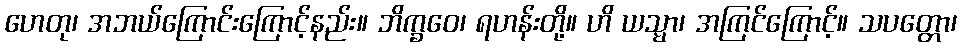
ဟေတု၊ အဘယ်ကြောင်းကြောင့်နည်း။ ဘိက္ခဝေ၊ ရဟန်းတို့။ ဟိ ယသ္မာ၊ အကြင်ကြောင့်။ သပတ္တော၊